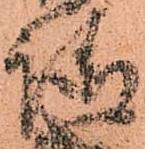
請